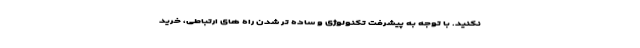
نکنید. با توجه به پیشرفت تکنولوژی و ساده تر شدن راه های ارتباطی، خرید